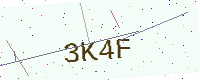
Text: 3K4F